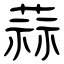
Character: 蒜